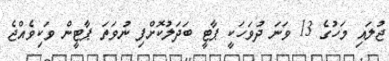
ޖުލައި މަހުގެ 13 ވަނަ ދުވަހަކީ ޕާޓީ ބަދަލުކޮށްފި ނުވަތަ ޕާޓީން ވަކިވެއްޖެ